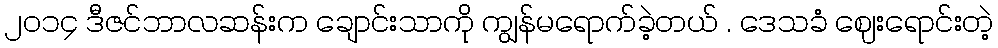
၂၀၁၄ ဒီဇင်ဘာလဆန်းက ချောင်းသာကို ကျွန်မရောက်ခဲ့တယ် . ဒေသခံ ဈေးရောင်းတဲ့